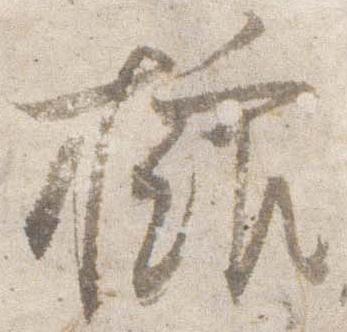
挿